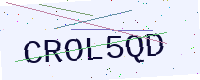
Text: CROL5QD